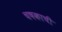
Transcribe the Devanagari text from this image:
चषकाची